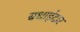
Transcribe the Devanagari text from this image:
बधाईदार